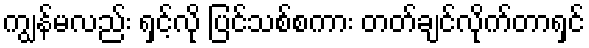
ကျွန်မလည်း ရှင့်လို ပြင်သစ်စကား တတ်ချင်လိုက်တာရှင်